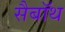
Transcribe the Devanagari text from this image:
सैबॉथ